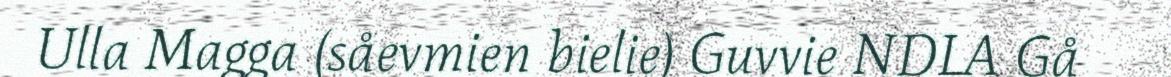
Ulla Magga (såevmien bielie) Guvvie NDLA Gå